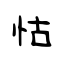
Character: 怙